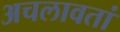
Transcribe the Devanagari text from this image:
अचलावतां